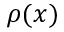
\rho ( x )